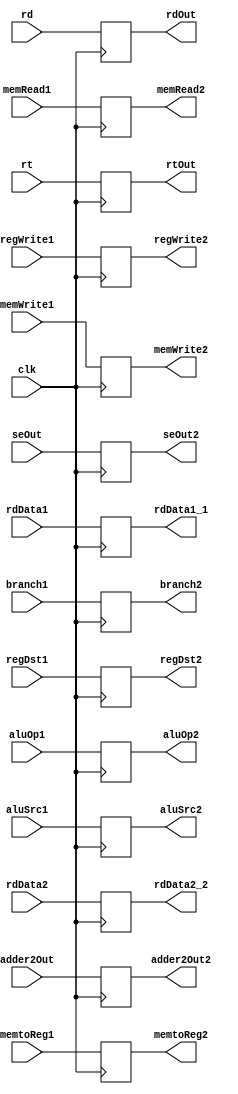
`timescale 1ns / 1ps
//////////////////////////////////////////////////////////////////////////////////
// Company: 
// Engineer: 
// 
// Design Name: 
// Module Name:    register2 
// Project Name: 
// Target Devices: 
// Tool versions: 
// Description: 
//
// Dependencies: 
//
// Revision: 
// Revision 0.01 - File Created
// Additional Comments: 
//
//////////////////////////////////////////////////////////////////////////////////
module register2(
    input clk,
    input regWrite1,
    output reg regWrite2,
    input memtoReg1,
    output reg memtoReg2,
    input memWrite1,
    output reg memWrite2,
    input memRead1,
    output reg memRead2,
    input branch1,
    output reg branch2,
    input aluSrc1,
    output reg aluSrc2,
    input [1:0] aluOp1,
    output reg [1:0] aluOp2,
    input regDst1,
    output reg regDst2,
    input [7:0] adder2Out,
    output reg [7:0] adder2Out2,
    input [15:0] rdData1,
    output reg [15:0] rdData1_1,
    input [15:0] rdData2,
    output reg [15:0] rdData2_2,
    input [15:0] seOut,
    output reg [15:0] seOut2,
    input [2:0] rd,
    output reg [2:0] rdOut,
    input [2:0] rt,
    output reg [2:0] rtOut
    );
	 
	 always@(posedge clk)
		begin	
		 regWrite2 <= regWrite1;
		 memtoReg2 <= memtoReg1;
		 memWrite2 <= memWrite1;
		 memRead2 <= memRead1;
		 branch2 <= branch1;
		 aluSrc2 <= aluSrc1;
		 aluOp2 <= aluOp1;
		 regDst2 <= regDst1;
		 adder2Out2 <= adder2Out;
		 rdData1_1 <= rdData1;
		 rdData2_2 <= rdData2;
		 seOut2 <= seOut;
		 rdOut <= rd;
		 rtOut <= rt;
		end

endmodule